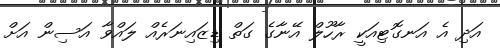
އަދި އެ އަނގޮޓިއަކީ ރާހޫލް އޭނާގެ ގަތް ޑިޒައިނަރެއް ލައްވާ އަސިން އަށް